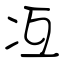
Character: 冱